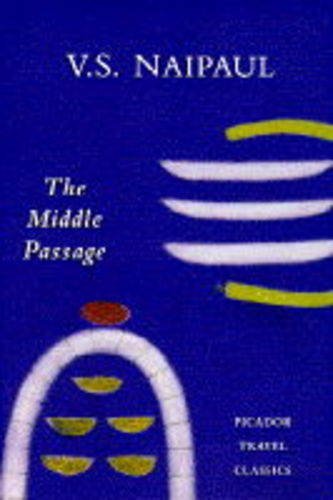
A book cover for Middle Passage Impressions of Five Socie (Picador Travel Classics); V S Naipaul; Travel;